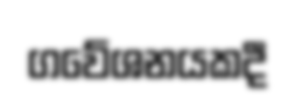
ගවේශනයකදී